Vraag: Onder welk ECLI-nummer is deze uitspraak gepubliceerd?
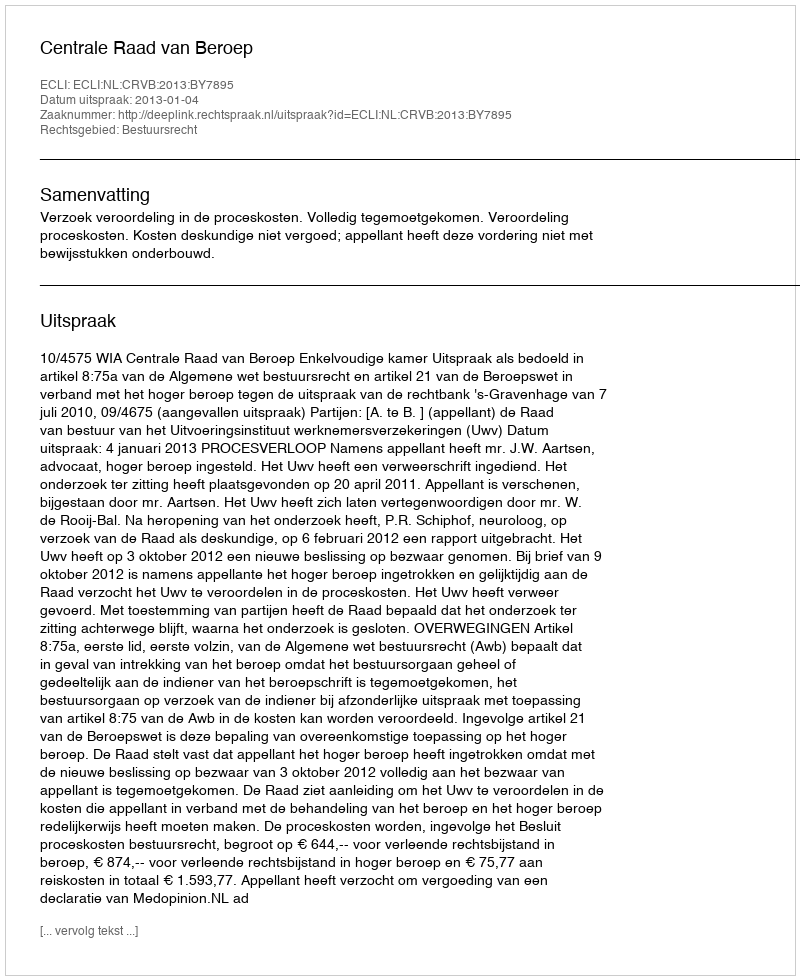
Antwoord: ECLI:NL:CRVB:2013:BY7895